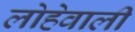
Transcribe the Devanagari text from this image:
लोहेवाली